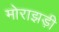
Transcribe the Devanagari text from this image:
मोराझड़ी